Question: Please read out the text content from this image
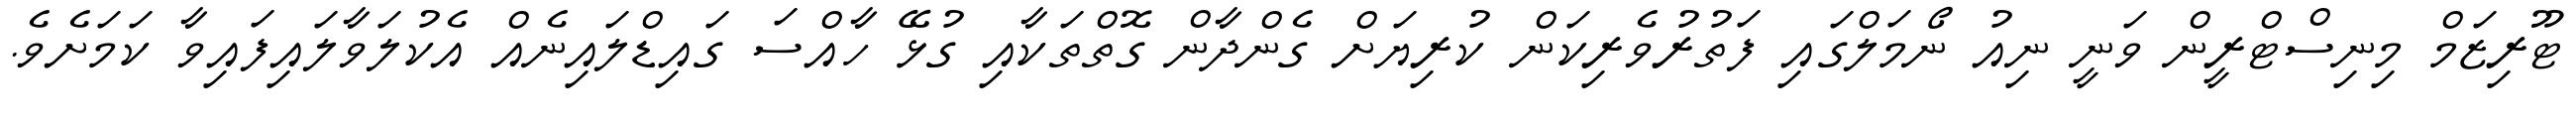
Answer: ޓޫރިޒަމް މިނިސްޓްރީން ވަނީ ނިއު ނޯމަލްގައި ފަތުރުވެރިކަން ކުރިޔަށް ގެންދާން ގޮތްތަކާއި ގުޅޭ ހާއްސަ ގައިޑްލައިނެއް އެކުލަވާލައިފައިވާ ކަމަށެވެ.